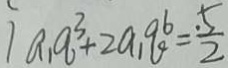
1 a _ { 1 } q ^ { 3 } + 2 a _ { 1 } q ^ { 6 } = \frac { . 5 } { 2 }